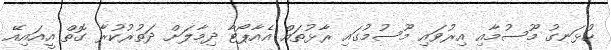
ހުޅަނގު މޫސުމާއި އިރުވައި މޫސުމުގައި ރާޅުތައް އެއާޕޯޓާ ދިމާލަށް ދަތުރުކުރާ ގޮތް އީއައިއޭ